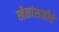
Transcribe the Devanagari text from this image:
खेळांसाठीचे